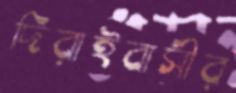
দিরাইবাসীর